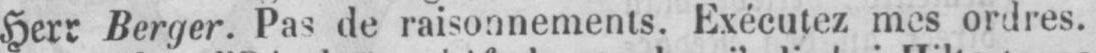
Herr Berger. Pas de raisonnements. Exécutez mes ordres.